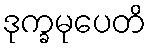
ဒုက္ခမုပေတိ